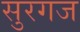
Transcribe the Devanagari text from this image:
सुरगज